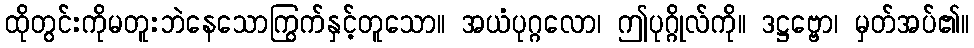
ထိုတွင်းကိုမတူးဘဲနေသောကြွက်နှင့်တူသော။ အယံပုဂ္ဂလော၊ ဤပုဂ္ဂိုလ်ကို။ ဒဋ္ဌဗ္ဗော၊ မှတ်အပ်၏။